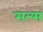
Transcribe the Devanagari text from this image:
मल्म